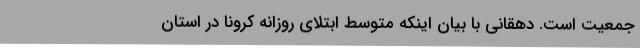
جمعیت است. دهقانی با بیان اینکه متوسط ابتلای روزانه کرونا در استان